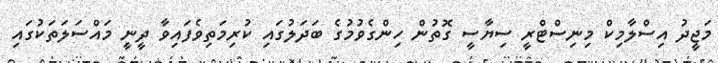
މަޖީދު އިސްލާމިކް މިނިސްޓްރީ ސިޔާސީ ގޮތުން ހިންގެވުމުގެ ބަދަލުގައި ކުރިމަތިވެފައިވާ ދީނީ މައްސަލަތަކުގައި